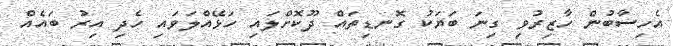
އެހިސާބުން ހާޒިރުވި ގިނަ ބަޔަކު ގޮނޑިތައް ދޫކޮށްލައި ހަޅޭއްލަވައި ހެދި އިރު ބައެއް